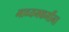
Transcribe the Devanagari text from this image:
माध्यमकर्मीना